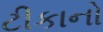
ટીકાનો